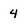
Character: 4